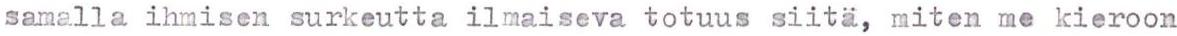
samalla ihmisen surkeutta ilmaiseva totuus siitä, miten me kieroon